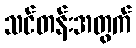
သင်တန်းအတွက်